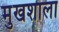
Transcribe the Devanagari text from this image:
मुखशाला